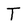
Character: T